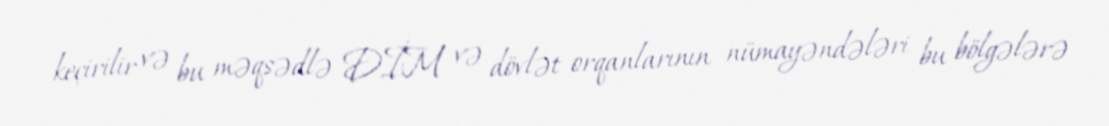
keçirilir və bu məqsədlə DİM və dövlət orqanlarının nümayəndələri bu bölgələrə